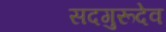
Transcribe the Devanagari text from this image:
सदगुरूदेव